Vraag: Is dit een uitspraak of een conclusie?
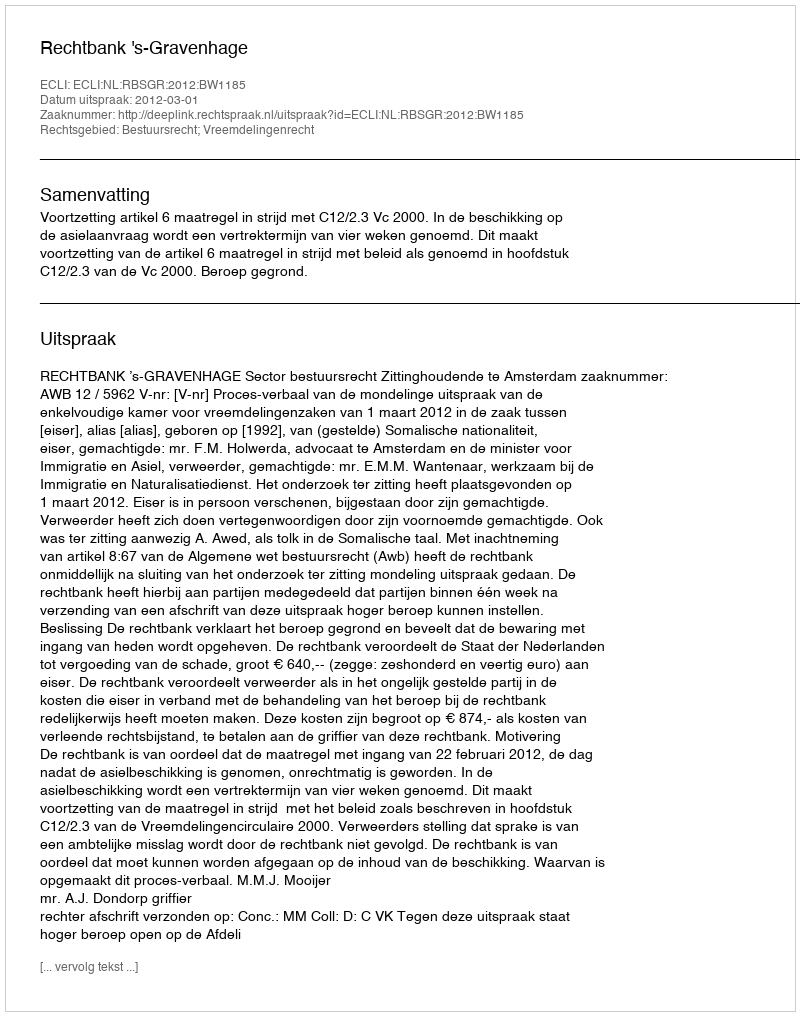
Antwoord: Uitspraak